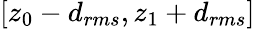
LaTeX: [z_{0}-d_{rms},z_{1}+d_{rms}]